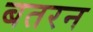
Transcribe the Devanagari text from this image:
बतरन